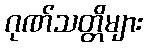
ဂုဏ်သတ္တိများ